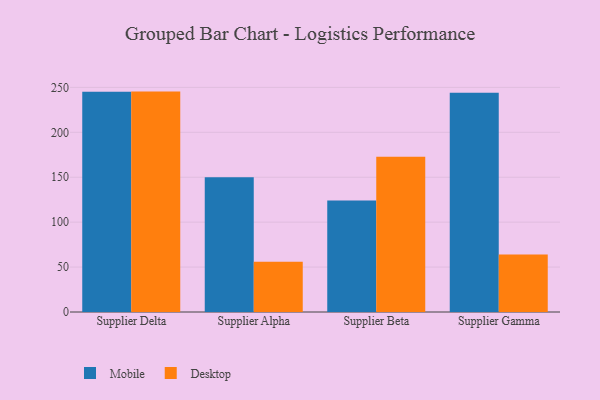
{"axis": {"x": "Supplier", "y": "Budget (USD K)"}, "legend": ["Desktop", "Mobile"], "data": [{"x": "Supplier Delta", "y": 245.0, "type": "Mobile"}, {"x": "Supplier Delta", "y": 245.3, "type": "Desktop"}, {"x": "Supplier Alpha", "y": 149.9, "type": "Mobile"}, {"x": "Supplier Alpha", "y": 55.8, "type": "Desktop"}, {"x": "Supplier Beta", "y": 124.1, "type": "Mobile"}, {"x": "Supplier Beta", "y": 172.9, "type": "Desktop"}, {"x": "Supplier Gamma", "y": 243.9, "type": "Mobile"}, {"x": "Supplier Gamma", "y": 63.9, "type": "Desktop"}]}